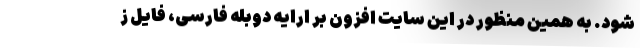
شود. به همین منظور در این سایت افزون بر ارایه دوبله فارسی، فایل ز